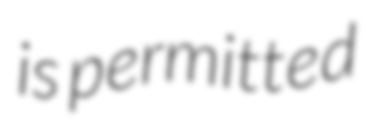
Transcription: is permitted